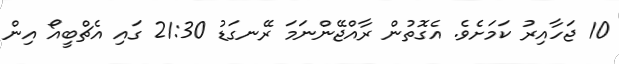
10 ޖަހާއިރު ކަމަށެވެ. އެގޮތުން ރާއްޖޭންނަމަ ރޭނގަޑު 21:30 ގައި އެޗްބީއޯ އިން